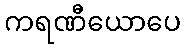
ကရဏီယောပေ